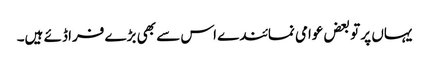
یہاں پر تو بعض عوامی نمائندے اس سے بھی بڑے فراڈئے ہیں۔